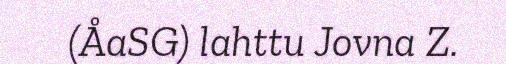
(ÅaSG) lahttu Jovna Z.